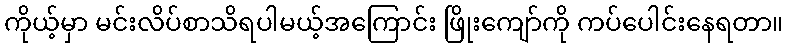
ကိုယ့်မှာ မင်းလိပ်စာသိရပါမယ့်အကြောင်း ဖြိုးကျော်ကို ကပ်ပေါင်းနေရတာ။